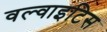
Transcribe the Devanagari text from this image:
वल्वाइटिस